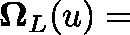
\mathbf { \Omega } _ { L } ( \mathfrak { u } ) =